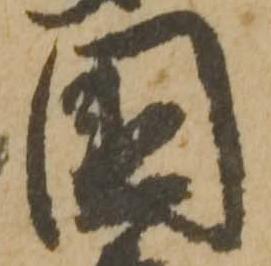
国